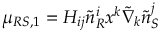
\mu _ { R S , 1 } = H _ { i j } \tilde { n } _ { R } ^ { i } x ^ { k } \tilde { \nabla } _ { k } \tilde { n } _ { S } ^ { j }